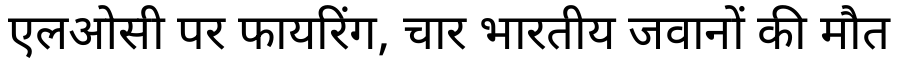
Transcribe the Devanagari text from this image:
एलओसी पर फायरिंग, चार भारतीय जवानों की मौत